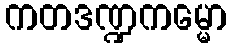
ကတဒဏ္ဍကမ္မော